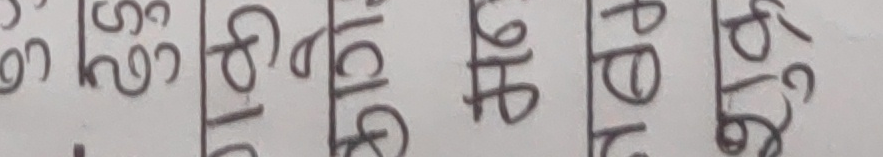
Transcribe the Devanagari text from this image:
३९६
८१०
चाहि
पीए
७६७